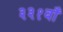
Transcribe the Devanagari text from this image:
३३१वाँ